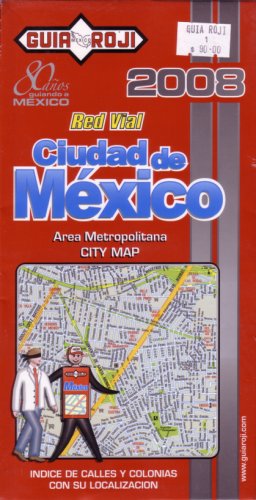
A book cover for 2008 "Ciudad de Mexico" City Map by Guia Roji (Spanish Edition); Guia Roji; Travel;